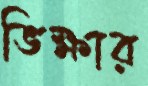
ভিক্ষার